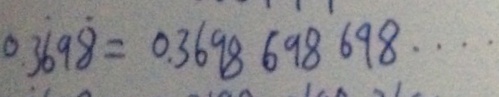
0 . 3 \dot { 6 } 9 \dot { 8 } = 0 . 3 6 9 8 6 9 8 6 9 8 \cdots